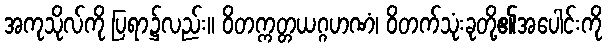
အကုသိုလ်ကို ပြရာ၌လည်း။ ဝိတက္ကတ္တယဂ္ဂဟဏံ၊ ဝိတက်သုံးခုတို့၏အပေါင်းကို